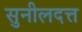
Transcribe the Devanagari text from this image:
सुनीलदत्त